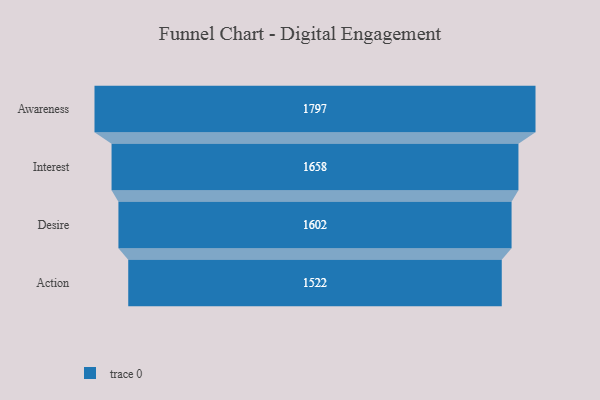
{"axis": {"x": "Stage", "y": "Value"}, "legend": [""], "data": [{"x": "Awareness", "y": 1797.0, "type": ""}, {"x": "Interest", "y": 1658.0, "type": ""}, {"x": "Desire", "y": 1602.0, "type": ""}, {"x": "Action", "y": 1522.0, "type": ""}]}